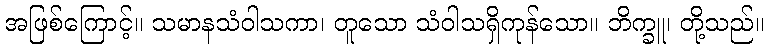
အဖြစ်ကြောင့်။ သမာနသံဝါသကာ၊ တူသော သံဝါသရှိကုန်သော။ ဘိက္ခူ၊ တို့သည်။